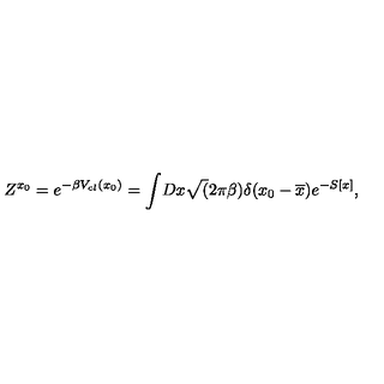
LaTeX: Z ^ { x _ { 0 } } = e ^ { - \beta V _ { c l } ( x _ { 0 } ) } = \int \! D x \sqrt ( 2 \pi \beta ) \delta ( x _ { 0 } - \overline { { x } } ) e ^ { - S [ x ] } ,